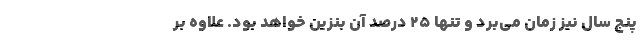
پنج سال نیز زمان می‌برد و تنها 25 درصد آن بنزین خواهد بود. علاوه بر